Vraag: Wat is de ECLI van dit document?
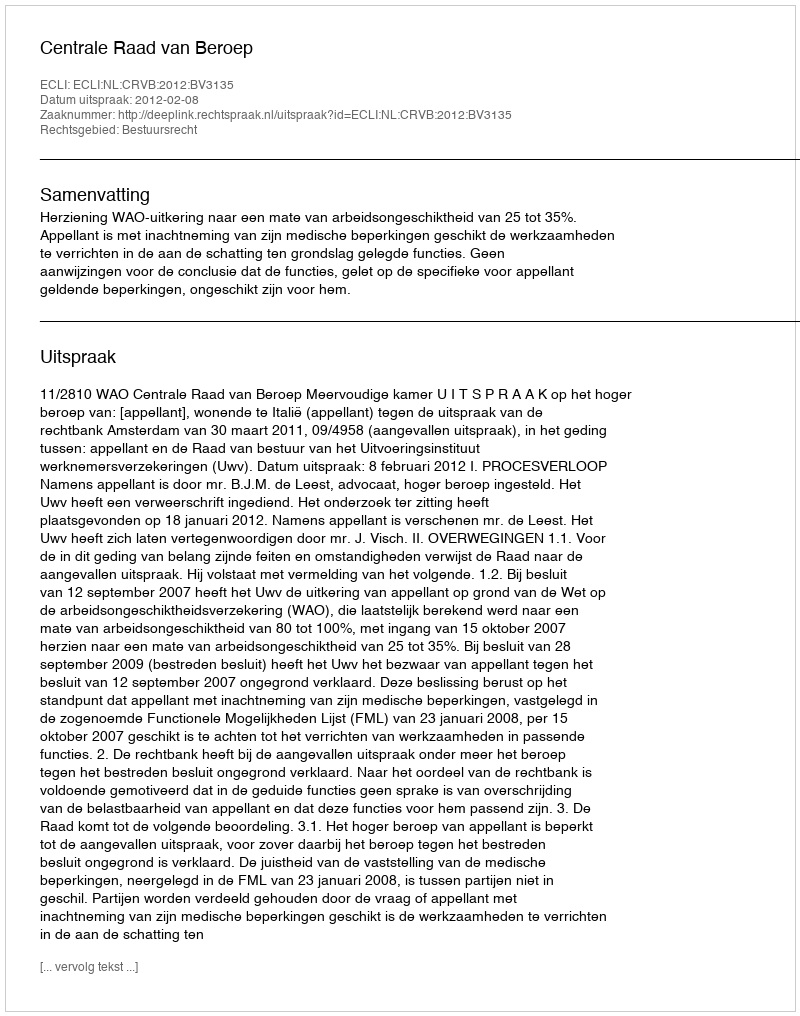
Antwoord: ECLI:NL:CRVB:2012:BV3135